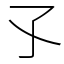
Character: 孓